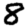
Digit: 8